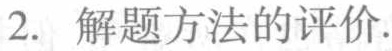
2. 解题方法的评价.